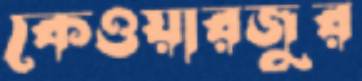
কেওয়ারজুর